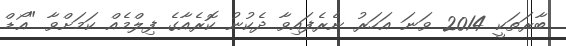
ބާރަތަކީ 2014 ވަނަ އަހަރު ނެރެފައިވާ ދެކުނު ކޮރެއާގެ ފިލްމެއް ކަމަށްވާ "އޯޑް